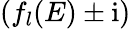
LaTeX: (f_{l}(E)\pm\mathrm{i})